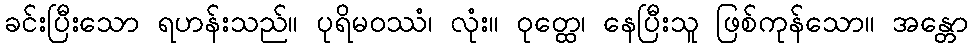
ခင်းပြီးသော ရဟန်းသည်။ ပုရိမဝဿံ၊ လုံး။ ဝုတ္ထေ၊ နေပြီးသူ ဖြစ်ကုန်သော။ အန္တော